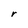
Character: r